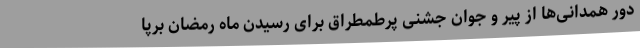
دور همدانی‌ها از پیر و جوان جشنی پرطمطراق برای رسیدن ماه رمضان برپا